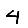
Digit: 4